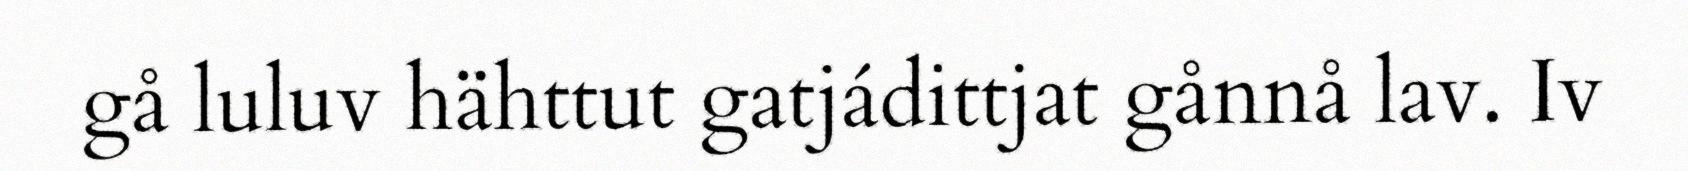
gå luluv hähttut gatjádittjat gånnå lav. Iv